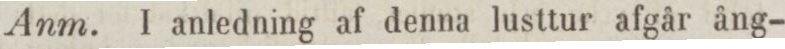
Anm. I anledning af denna lusttur afgår ång-